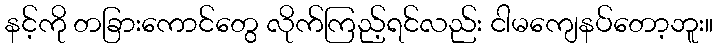
နင့်ကို တခြားကောင်တွေ လိုက်ကြည့်ရင်လည်း ငါမကျေနပ်တော့ဘူး။